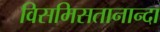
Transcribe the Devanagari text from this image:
विसमिसतानान्दा